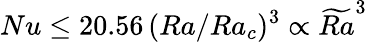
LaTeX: Nu\leq 20.56\, (Ra/Ra_{c})^{3}\propto\widetilde{Ra}^{3}